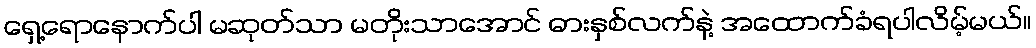
ရှေ့ရောနောက်ပါ မဆုတ်သာ မတိုးသာအောင် ဓားနှစ်လက်နဲ့ အထောက်ခံရပါလိမ့်မယ်။